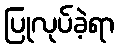
ပြုလုပ်ခဲ့ရာ